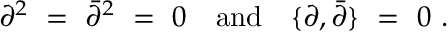
\partial ^ { 2 } \ = \ \bar { \partial } ^ { 2 } \ = \ 0 \quad \mathrm { a n d } \quad \{ \partial , \bar { \partial } \} \ = \ 0 \ .